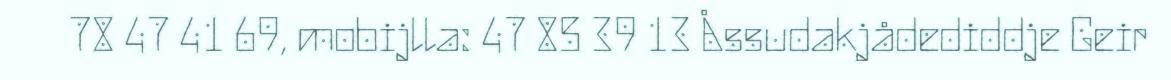
78 47 41 69, mobijlla: 47 85 39 13 Åssudakjådediddje Geir